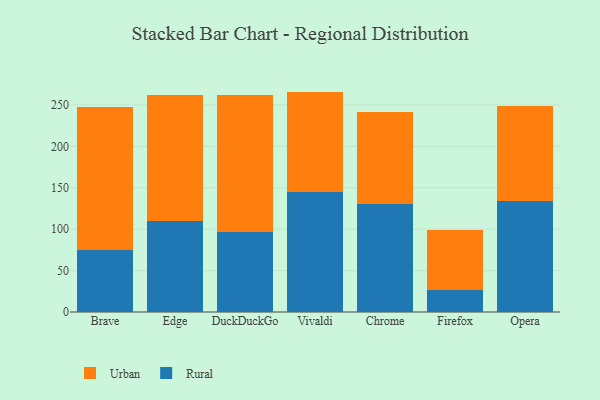
{"axis": {"x": "Browser", "y": "Gross Profit (USD K)"}, "legend": ["Rural", "Urban"], "data": [{"x": "Brave", "y": 75.0, "type": "Rural"}, {"x": "Brave", "y": 172.5, "type": "Urban"}, {"x": "Edge", "y": 109.9, "type": "Rural"}, {"x": "Edge", "y": 151.9, "type": "Urban"}, {"x": "DuckDuckGo", "y": 96.5, "type": "Rural"}, {"x": "DuckDuckGo", "y": 165.8, "type": "Urban"}, {"x": "Vivaldi", "y": 145.1, "type": "Rural"}, {"x": "Vivaldi", "y": 121.0, "type": "Urban"}, {"x": "Chrome", "y": 129.8, "type": "Rural"}, {"x": "Chrome", "y": 111.7, "type": "Urban"}, {"x": "Firefox", "y": 26.7, "type": "Rural"}, {"x": "Firefox", "y": 72.5, "type": "Urban"}, {"x": "Opera", "y": 134.4, "type": "Rural"}, {"x": "Opera", "y": 114.9, "type": "Urban"}]}